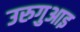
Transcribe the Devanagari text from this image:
उरुगुआइ